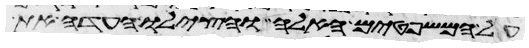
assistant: על המשפטים האלה והצילו העדה את